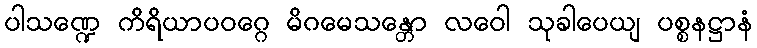
ပါသဏ္ဍေ ကိရိယာပဝဂ္ဂေ မိဂမေသန္တော လဝေါ သုခါပေယျ ပစ္စနဋ္ဌာနံ